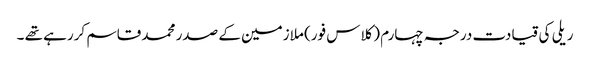
ریلی کی قیادت درجہ چہارم (کلاس فور) ملازمین کے صدر محمد قاسم کررہے تھے ۔